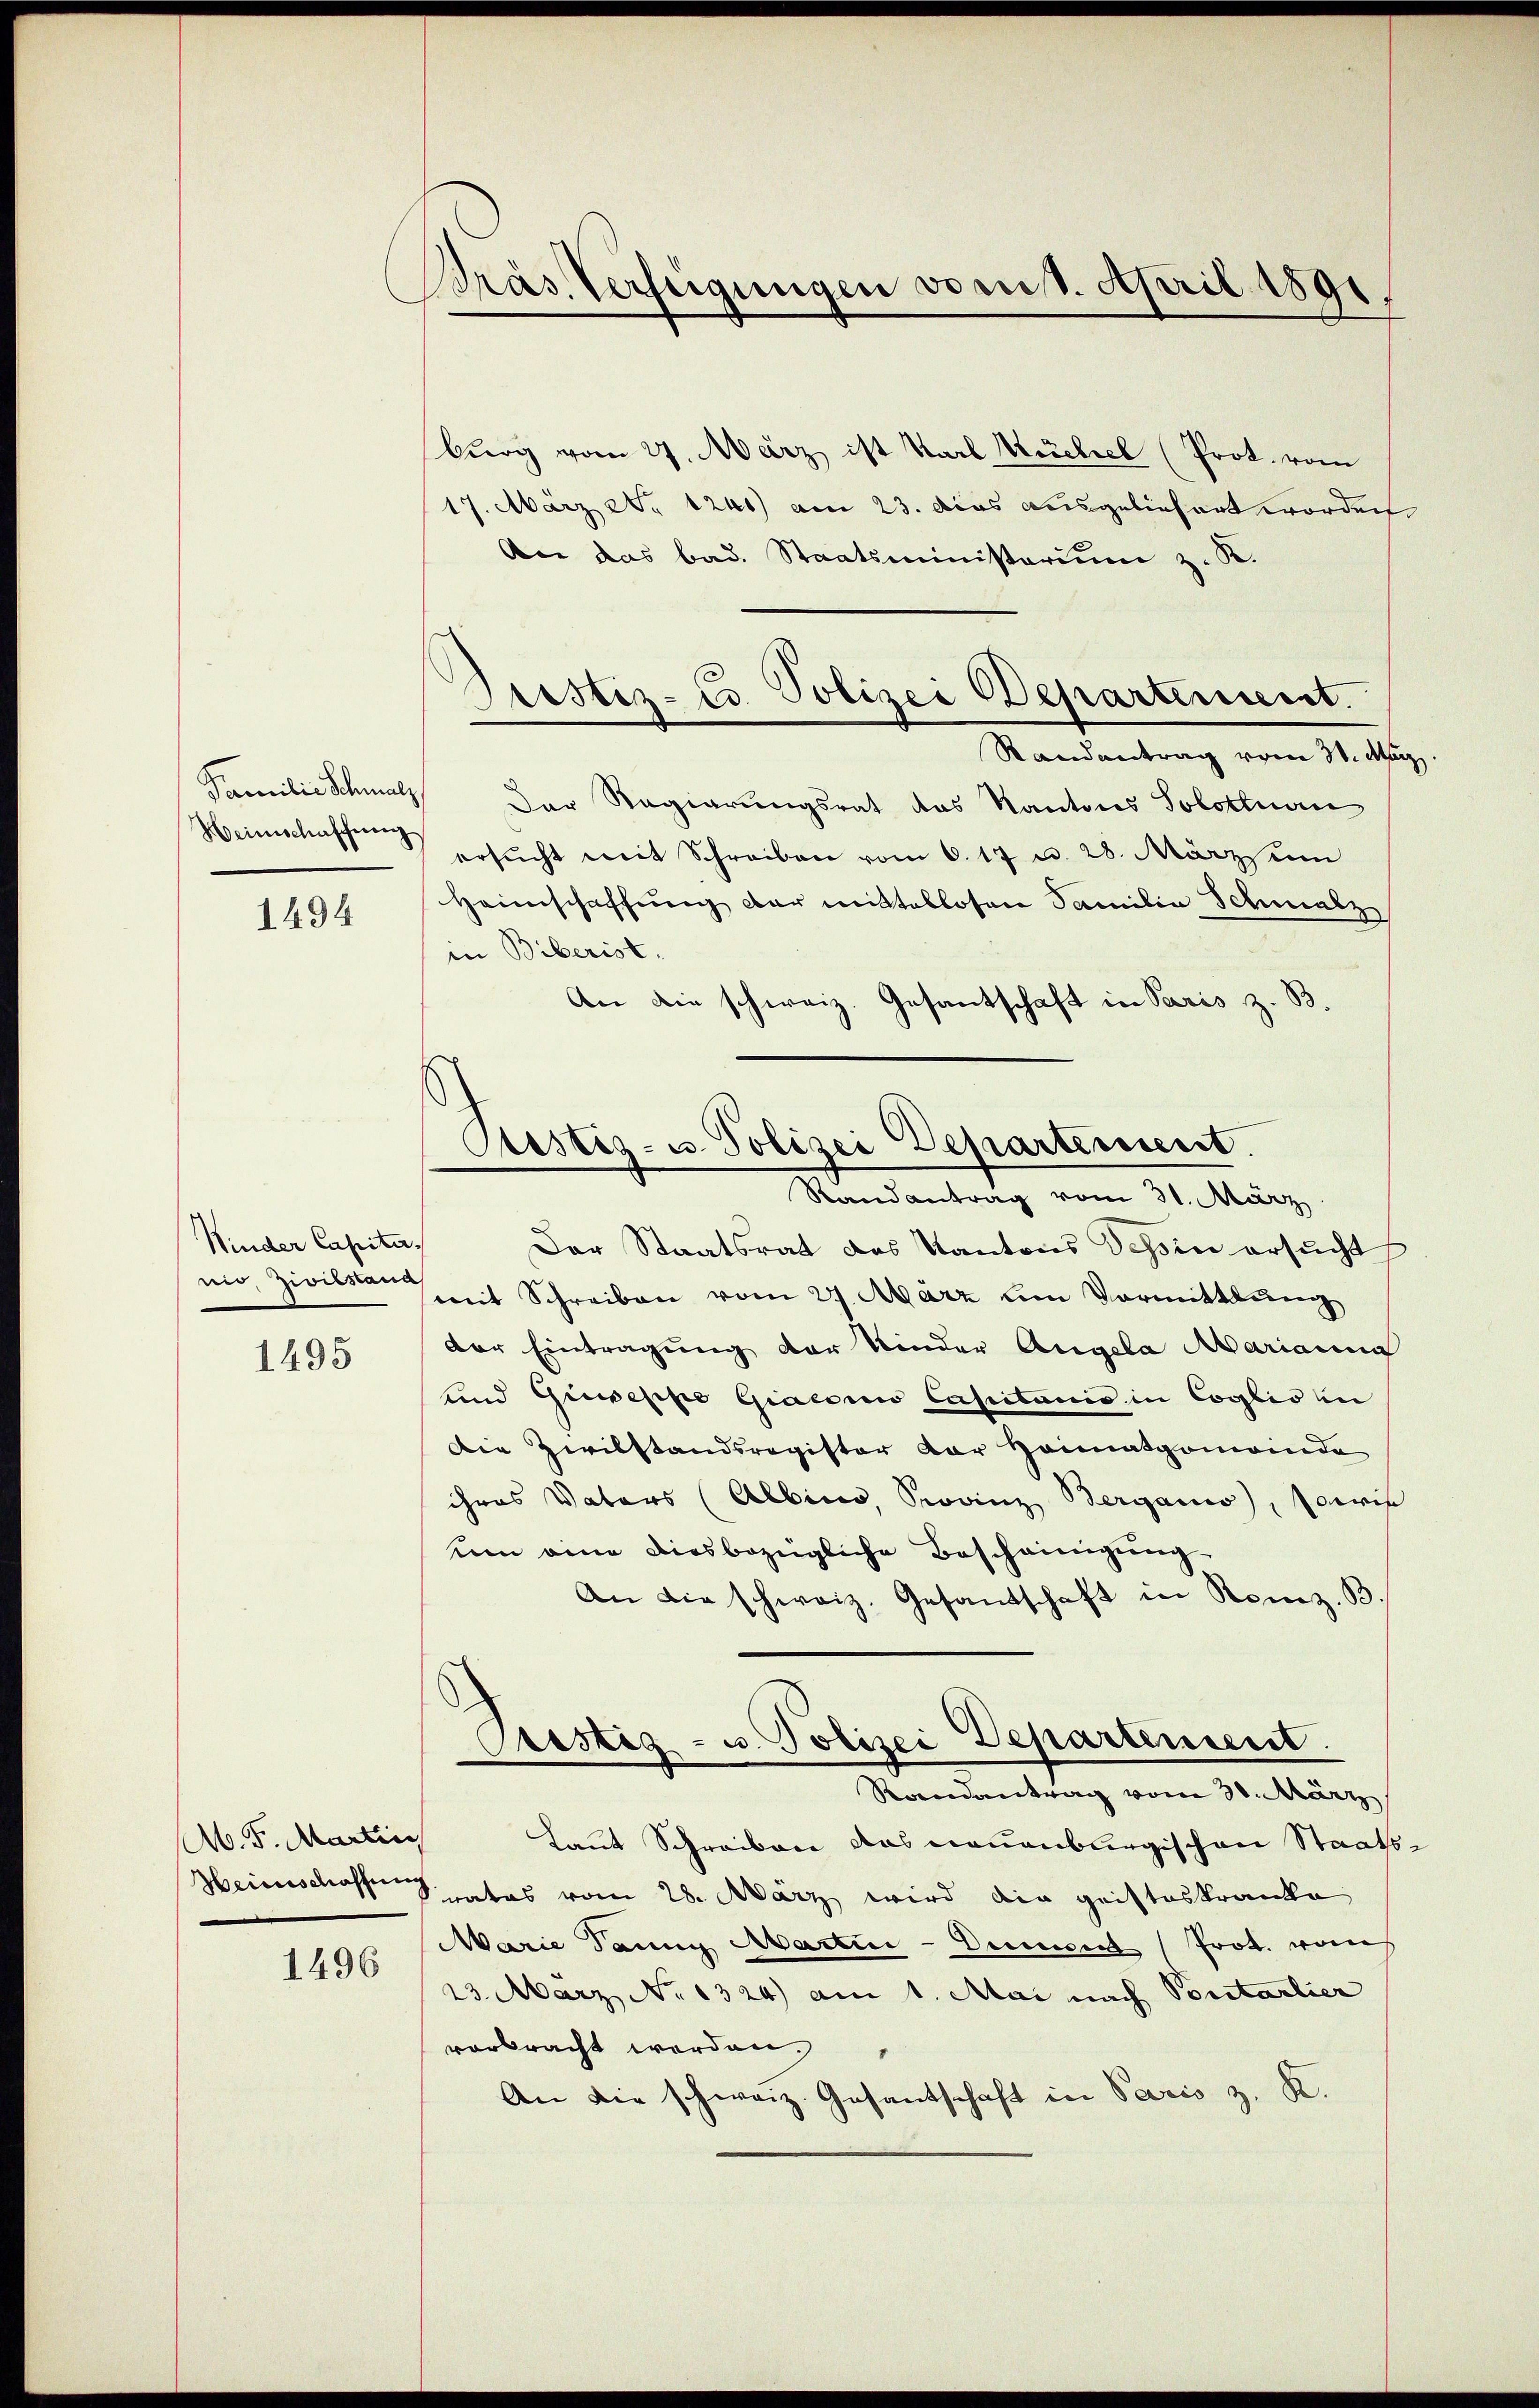
Weinschaffung

1494

Minder Capitani, Zivilstand

1495

Ab. F. Martin
Heinschaffung

1496

Präs. Verfügungen vom 1. April 1891.

burg vom 27. März ist Karl Küchel (Prot. vom
17. März 2. 1241) am 23. dies ausgeliefert worden
An das bad. Staatsministerium z. K.
Randantrag vom 31. Ma
Familie Schmalz der Regierungsrat das Kantons Solottnau
ersŭcht mit Schreiben vom 6. 17 u. 28. Märzsum
Heimschaffŭng der mittellosen Familia Schmalz
in Biberist.
An die schweiz. Gesantschaft in Paris z. B.
Der Staatsrat des Kantons Tessin ersucht
mit Schreiben vom 27. März um Vormittlung
der Eintragung der Kinder Angela Mariann
und Giuseppe Giaconio Capitanis in Coglio in
Die Zivilstandsregister der Heimatgemeinde
ihres Vaters (Albing, Provinz Berganis), sowie
um eine diesbezügliche Bescheinigung
An die schweiz. Gesandschaft in Reiz. B
Cristig - u. Polizei Departement
Randantrag vom 30. März
Laut Schreiben das neuenburgischen Staatsrates vom 28. März wird die gristeskranke
Marie dann Martin - Die Prot. von
23. März No 1324) am 1. Mai nach Portarlier
vorbracht werden.
An die schweiz. Gesantschaft in Paris z. R.

Justiz-Co. Polizei Departement.

Pustiz- u. Polizei Departement.
Randantrag vom 31. März